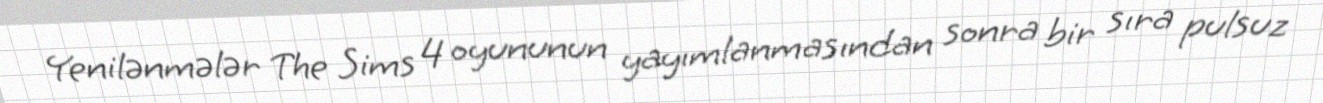
Yenilənmələr The Sims 4 oyununun yayımlanmasından sonra bir sıra pulsuz